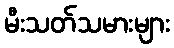
မီးသတ်သမားများ